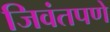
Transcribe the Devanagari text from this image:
जिवंतपणे